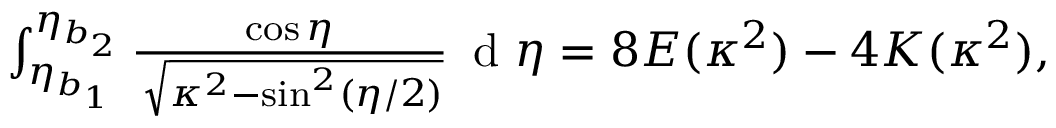
\begin{array} { r } { \int _ { \eta _ { b _ { 1 } } } ^ { \eta _ { b _ { 2 } } } \frac { \cos \eta } { \, \sqrt { \kappa ^ { 2 } - \sin ^ { 2 } ( \eta / 2 ) } } \, \mathrm { ~ d ~ } \eta = 8 E ( \kappa ^ { 2 } ) - 4 K ( \kappa ^ { 2 } ) , } \end{array}